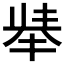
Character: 𱑏